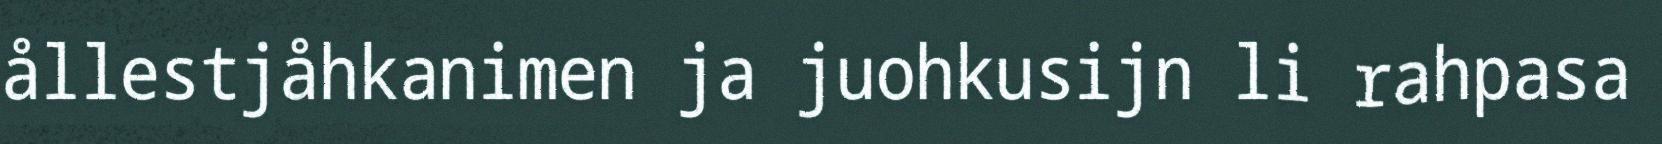
ållestjåhkanimen ja juohkusijn li rahpasa